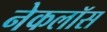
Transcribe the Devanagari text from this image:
नेकलॉस